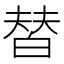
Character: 𰤚